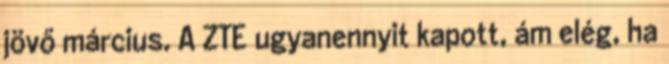
jövő március. A ZTE ugyanennyit kapott, ám elég, ha